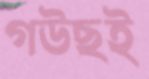
গউছই